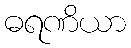
ဓရဏိယာ